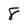
Character: 8